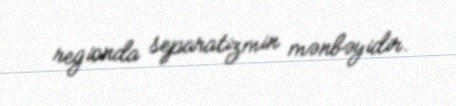
regionda separatizmin mənbəyidir.